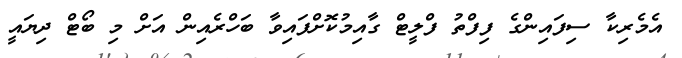
އެމެރިކާ ސިފައިންގެ ފިފްތު ފްލީޓް ގާއިމުކޮށްފައިވާ ބަހްރެއިން އަށް މި ބޯޓް ދިޔައީ